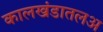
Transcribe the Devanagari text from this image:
कालखंडातलअ